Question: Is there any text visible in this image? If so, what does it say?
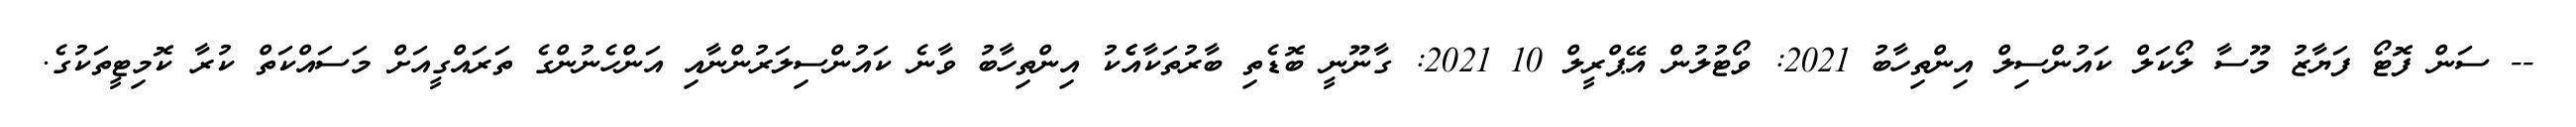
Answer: -- ސަން ފޮޓޯ ފަޔާޒު މޫސާ ލޯކަލް ކައުންސިލް އިންތިހާބު 2021: ވޯޓުލުން އޭޕްރީލް 10 2021: ގާނޫނީ ބޮޑެތި ބާރުތަކާއެެކު އިންތިހާބު ވާނެ ކައުންސިލަރުންނާއި އަންހެނުންގެ ތަރައްގީއަށް މަސައްކަތް ކުރާ ކޮމިޓީތަކުގެ.